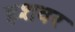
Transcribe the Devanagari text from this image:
इशवर